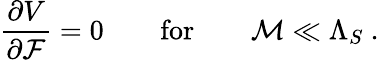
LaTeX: \frac{\partial V}{\partial{\cal F}}=0\quad\quad\mathrm{for}\quad\quad{\cal M}\ll{\Lambda_{S}}\ .